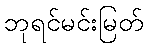
ဘုရင်မင်းမြတ်